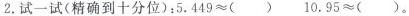
2.试一试(精确到十分位)：5.449≈()10.95≈()。